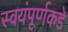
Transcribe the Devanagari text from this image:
स्वयंपूर्णकडे